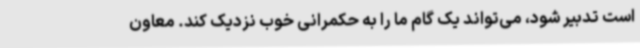
است تدبیر شود، می‌تواند یک گام ما را به حکمرانی خوب نزدیک کند. معاون